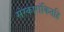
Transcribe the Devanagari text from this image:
संस्कारांकितहि